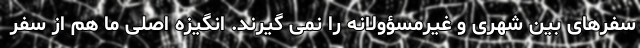
سفرهای بین شهری و غیرمسؤولانه را نمی گیرند. انگیزه اصلی ما هم از سفر